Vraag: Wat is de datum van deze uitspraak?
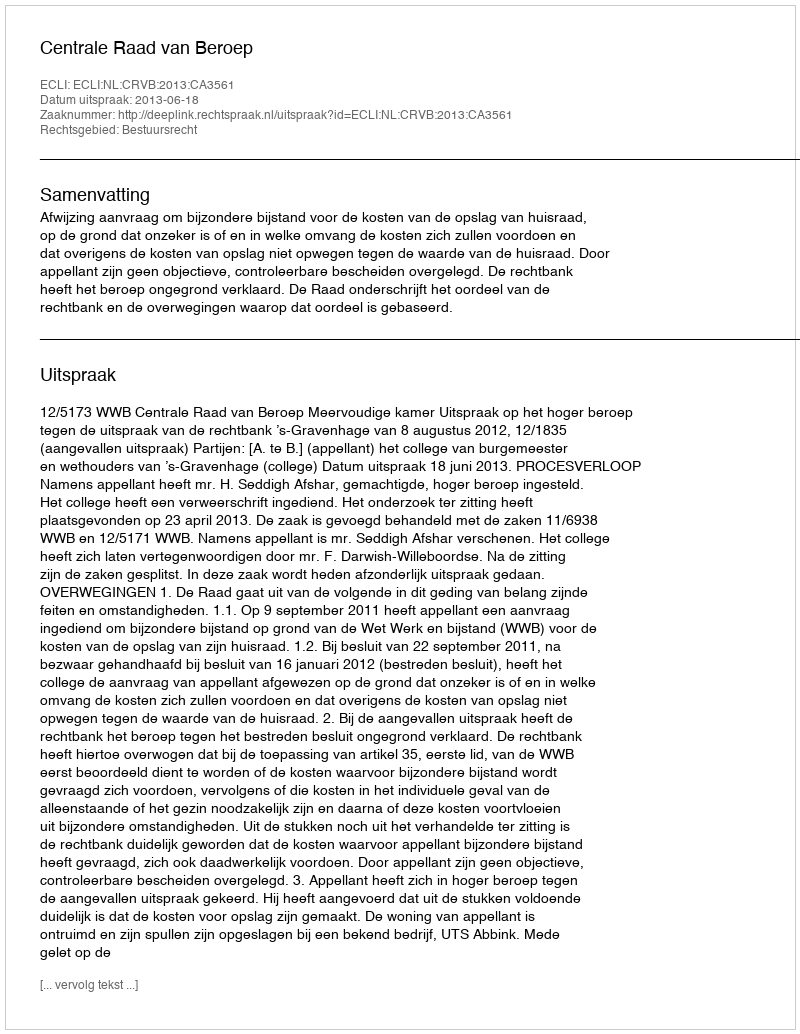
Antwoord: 2013-06-18